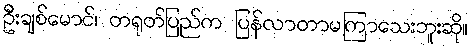
ဦးချစ်မောင်၊ တရုတ်ပြည်က ပြန်လာတာမကြာသေးဘူးဆို။